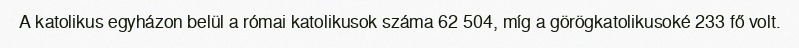
A katolikus egyházon belül a római katolikusok száma 62 504, míg a görögkatolikusoké 233 fő volt.